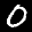
Label: 0